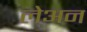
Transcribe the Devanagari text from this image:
लेअन